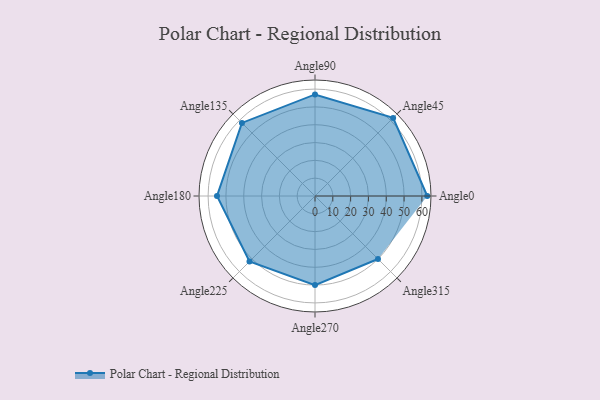
{"axis": {"x": "Angle", "y": "Radius"}, "legend": [""], "data": [{"x": "Angle0", "y": 63.0, "type": ""}, {"x": "Angle45", "y": 62.0, "type": ""}, {"x": "Angle90", "y": 57.0, "type": ""}, {"x": "Angle135", "y": 58.0, "type": ""}, {"x": "Angle180", "y": 55.0, "type": ""}, {"x": "Angle225", "y": 52.0, "type": ""}, {"x": "Angle270", "y": 50, "type": ""}, {"x": "Angle315", "y": 50, "type": ""}]}